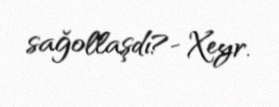
sağollaşdı?- Xeyr.